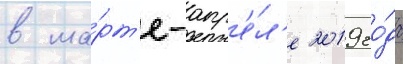
в ма́рт'е-апр'е́л'е 2019 го́да